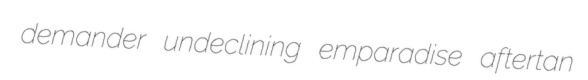
demander undeclining emparadise aftertan